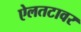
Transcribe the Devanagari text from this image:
ऐलतटावर